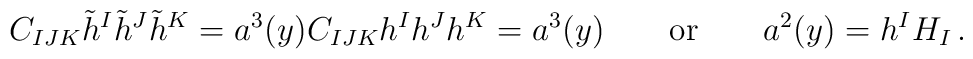
C_{IJK}\tilde h^I \tilde h^J \tilde h^K  = a^3 (y)   C_{IJK} h^I  h^J h^K   =  a^3 (y)\qquad \mbox{or}\qquad a^2(y)=h^IH_I\,.